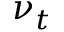
\nu _ { t }